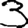
Digit: 3